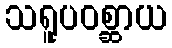
သရူပဝစ္ဆာယ